Subject: physics
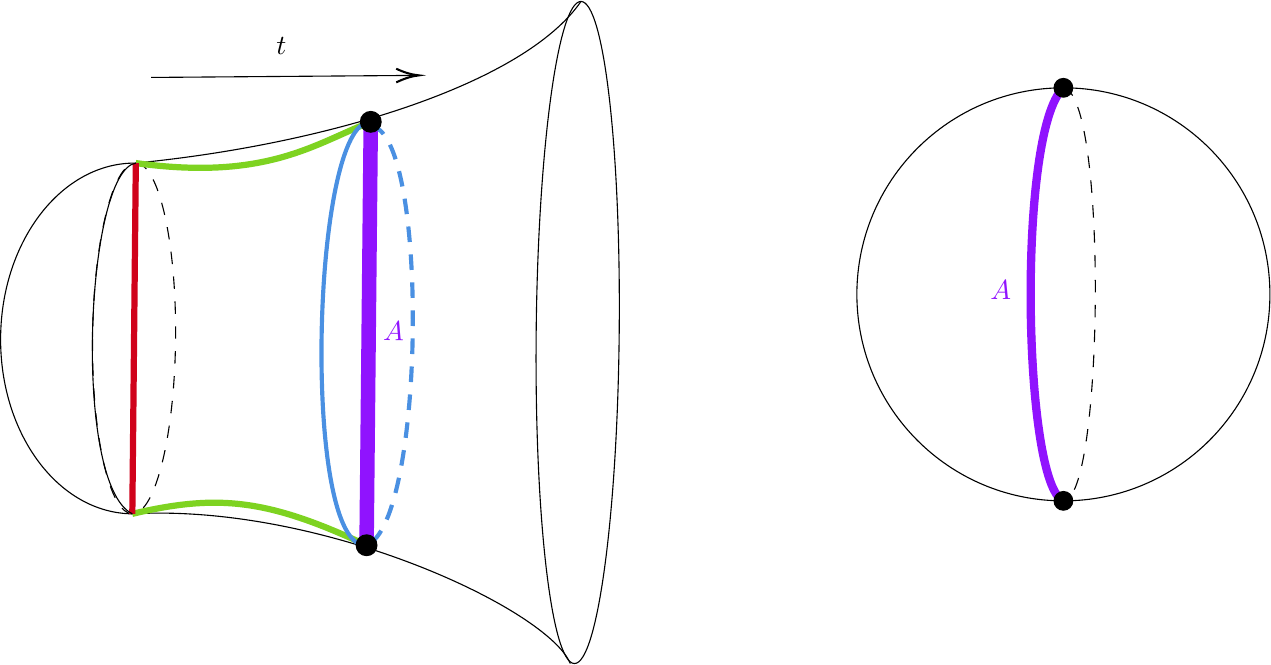
LaTeX code:
\begin{tikzpicture}[x=0.75pt,y=0.75pt,yscale=-1,xscale=1]

\draw  [draw opacity=0] (132.91,308.25) .. controls (132.91,308.25) and (132.91,308.25) .. (132.91,308.25) .. controls (97.4,307.9) and (68.99,269.78) .. (69.46,223.12) .. controls (69.92,176.45) and (99.09,138.91) .. (134.6,139.26) -- (133.76,223.76) -- cycle ; \draw   (132.91,308.25) .. controls (132.91,308.25) and (132.91,308.25) .. (132.91,308.25) .. controls (97.4,307.9) and (68.99,269.78) .. (69.46,223.12) .. controls (69.92,176.45) and (99.09,138.91) .. (134.6,139.26) ;
\draw    (349.08,61.39) .. controls (321.68,101.12) and (227.39,130.19) .. (134.6,139.26) ;
\draw    (343.91,380.36) .. controls (333.17,354.25) and (224.67,303.17) .. (132.91,308.25) ;
\draw  [dash pattern={on 4.5pt off 4.5pt}] (134.6,139.26) .. controls (145.64,139.37) and (154.22,177.29) .. (153.75,223.96) .. controls (153.29,270.62) and (143.96,308.36) .. (132.91,308.25) .. controls (121.87,308.14) and (113.29,270.23) .. (113.76,223.56) .. controls (114.22,176.89) and (123.55,139.15) .. (134.6,139.26) -- cycle ;
\draw [color={rgb, 255:red, 144; green, 19; blue, 254 }  ,draw opacity=1 ][line width=5.25]    (247.8,119.39) -- (245.77,323.38) ;
\draw [color={rgb, 255:red, 126; green, 211; blue, 33 }  ,draw opacity=1 ][line width=2.25]    (134.6,139.26) .. controls (197.31,147.89) and (220.49,130.12) .. (247.8,119.39) ;
\draw [color={rgb, 255:red, 126; green, 211; blue, 33 }  ,draw opacity=1 ][line width=2.25]    (132.91,308.25) .. controls (173.81,298.66) and (197.79,300.9) .. (245.77,323.38) ;
\draw [color={rgb, 255:red, 208; green, 2; blue, 27 }  ,draw opacity=1 ][line width=2.25]    (134.6,139.26) -- (132.91,308.25) ;
\draw [color={rgb, 255:red, 74; green, 144; blue, 226 }  ,draw opacity=1 ][line width=1.5]    (247.8,119.39) .. controls (219.11,118.1) and (214.04,326.06) .. (245.77,323.38) ;
\draw    (134.6,139.26) .. controls (110.36,143.02) and (103.86,293.96) .. (132.91,308.25) ;
\draw [color={rgb, 255:red, 74; green, 144; blue, 226 }  ,draw opacity=1 ][line width=1.5]  [dash pattern={on 5.63pt off 4.5pt}]  (247.78,121.39) .. controls (276.06,123.67) and (274.18,312.66) .. (245.77,323.38) ;
\draw   (349.08,61.39) .. controls (360.13,61.5) and (368.37,133) .. (367.49,221.08) .. controls (366.62,309.17) and (356.95,380.49) .. (345.91,380.38) .. controls (334.86,380.27) and (326.62,308.77) .. (327.49,220.69) .. controls (328.37,132.6) and (338.04,61.28) .. (349.08,61.39) -- cycle ;
\draw  [fill={rgb, 255:red, 0; green, 0; blue, 0 }  ,fill opacity=1 ] (247.85,114.39) .. controls (250.61,114.42) and (252.83,116.68) .. (252.8,119.44) .. controls (252.77,122.2) and (250.51,124.42) .. (247.75,124.39) .. controls (244.99,124.36) and (242.77,122.1) .. (242.8,119.34) .. controls (242.83,116.58) and (245.09,114.36) .. (247.85,114.39) -- cycle ;
\draw  [fill={rgb, 255:red, 0; green, 0; blue, 0 }  ,fill opacity=1 ] (245.82,318.38) .. controls (248.58,318.41) and (250.8,320.67) .. (250.77,323.43) .. controls (250.74,326.19) and (248.48,328.41) .. (245.72,328.38) .. controls (242.96,328.35) and (240.74,326.09) .. (240.77,323.33) .. controls (240.8,320.57) and (243.06,318.35) .. (245.82,318.38) -- cycle ;
\draw    (142,98) -- (269,97.02) ;
\draw [shift={(271,97)}, rotate = 179.56] [color={rgb, 255:red, 0; green, 0; blue, 0 }  ][line width=0.75]    (10.93,-3.29) .. controls (6.95,-1.4) and (3.31,-0.3) .. (0,0) .. controls (3.31,0.3) and (6.95,1.4) .. (10.93,3.29)   ;
\draw   (482,202.5) .. controls (482,147.55) and (526.55,103) .. (581.5,103) .. controls (636.45,103) and (681,147.55) .. (681,202.5) .. controls (681,257.45) and (636.45,302) .. (581.5,302) .. controls (526.55,302) and (482,257.45) .. (482,202.5) -- cycle ;
\draw    (581.5,302) .. controls (564,300) and (561,114) .. (581.5,103) ;
\draw  [dash pattern={on 4.5pt off 4.5pt}]  (581.5,103) .. controls (603,106) and (601,302) .. (581.5,302) ;
\draw [color={rgb, 255:red, 144; green, 19; blue, 254 }  ,draw opacity=1 ][line width=3]    (581.5,103) .. controls (559,124) and (562,294) .. (581.5,302) ;
\draw  [fill={rgb, 255:red, 0; green, 0; blue, 0 }  ,fill opacity=1 ] (577,103) .. controls (577,100.51) and (579.01,98.5) .. (581.5,98.5) .. controls (583.99,98.5) and (586,100.51) .. (586,103) .. controls (586,105.49) and (583.99,107.5) .. (581.5,107.5) .. controls (579.01,107.5) and (577,105.49) .. (577,103) -- cycle ;
\draw  [fill={rgb, 255:red, 0; green, 0; blue, 0 }  ,fill opacity=1 ] (577,302) .. controls (577,299.51) and (579.01,297.5) .. (581.5,297.5) .. controls (583.99,297.5) and (586,299.51) .. (586,302) .. controls (586,304.49) and (583.99,306.5) .. (581.5,306.5) .. controls (579.01,306.5) and (577,304.49) .. (577,302) -- cycle ;

\draw (252.55,214.32) node [anchor=north west][inner sep=0.75pt]  [color={rgb, 255:red, 144; green, 19; blue, 254 }  ,opacity=1 ,rotate=-0.65]  {$A$};
\draw (201,77.4) node [anchor=north west][inner sep=0.75pt]    {$t$};
\draw (545,194.4) node [anchor=north west][inner sep=0.75pt]  [color={rgb, 255:red, 144; green, 19; blue, 254 }  ,opacity=1 ]  {$A$};

\end{tikzpicture}